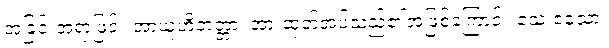
အခြင်းအရာဖြင့်။ အာယူဟိတတ္တာ၊ အားထုတ်အပ်သည်၏အဖြစ်ကြောင့်။ ဧသ ဧသော၊